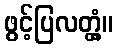
ဖွင့်ပြလတ္တံ့။